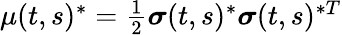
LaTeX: \textstyle\mu(t,s)^{*}={\frac{1}{2}}{\boldsymbol{\sigma}}(t,s)^{*}{\boldsymbol{\sigma}}(t,s)^{*T}